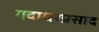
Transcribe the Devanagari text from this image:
गदाधरप्रसाद